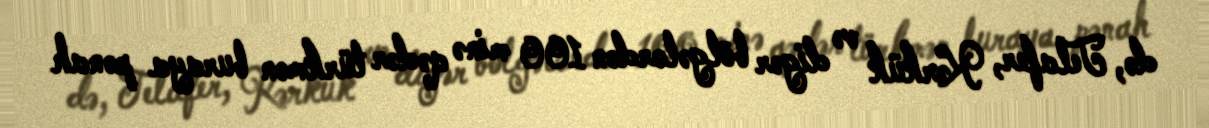
də, Telafer, Kərkük və digər bölgələrdən 100 minə qədər türkmən buraya pənah